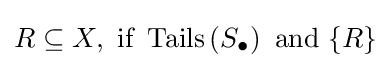
R\subseteq X,{\text{ if }}\operatorname {Tails} \left(S_{\bullet }\right){\text{ and }}\{R\}